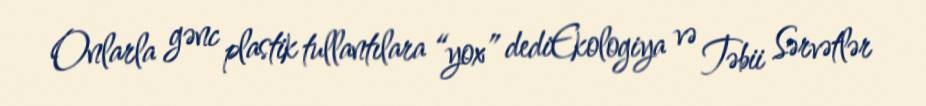
Onlarla gənc plastik tullantılara “yox” dediEkologiya və Təbii Sərvətlər